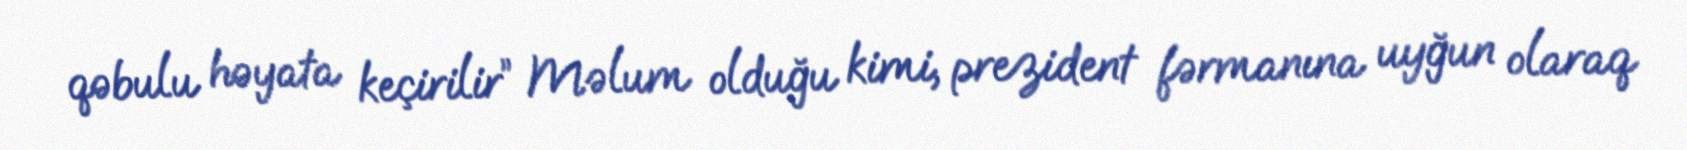
qəbulu həyata keçirilir” Məlum olduğu kimi, prezident fərmanına uyğun olaraq